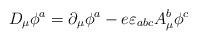
LaTeX: \begin{align*}D_{\mu} \phi^a = \partial_{\mu}\phi^a - e \varepsilon_{abc} A_{\mu}^b \phi^c\end{align*}